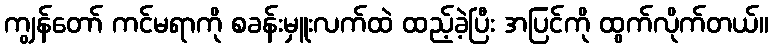
ကျွန်တော် ကင်မရာကို စခန်းမှူးလက်ထဲ ထည့်ခဲ့ပြီး အပြင်ကို ထွက်လိုက်တယ်။